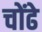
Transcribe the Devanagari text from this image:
चोंढे